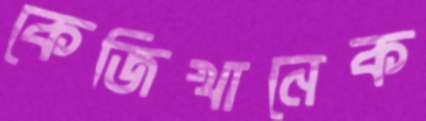
কেজিখানেক